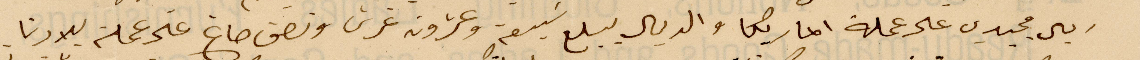
ريال مجيدي على عملة اميريكا والدين يبلغ سبعة وعشرون غرش ونصف صاغ على عملة بلادنا.